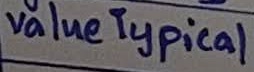
Text: value Typical